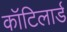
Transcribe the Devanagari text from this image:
कॉटिलार्ड